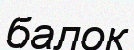
балок